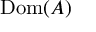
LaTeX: \mathrm { D o m } ( A )